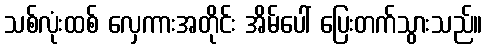
သစ်လုံးထစ် လှေကားအတိုင်း အိမ်ပေါ် ပြေးတက်သွားသည်။